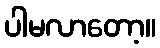
ပါမလာတော့။